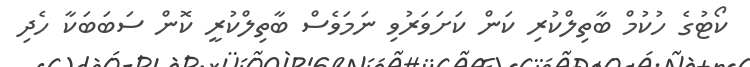
ކޯޓުގެ ހުކުމް ބާތިލްކުރި ކަން ކަށަވަރުވި ނަމަވެސް ބާތިލްކުރީ ކޮން ސަބަބަކާ ހެދި